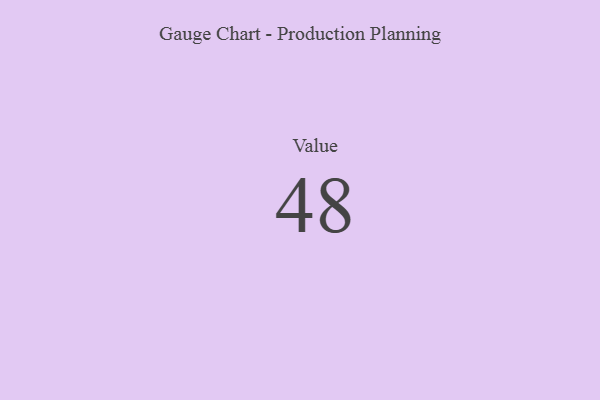
{"axis": {"x": "Metric", "y": "Value"}, "legend": [""], "data": [{"x": "Value", "y": 48, "type": ""}]}